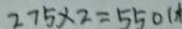
2 7 5 \times 2 = 5 5 0 (